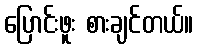
ပြောင်းဖူး စားချင်တယ်။